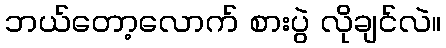
ဘယ်တော့လောက် စားပွဲ လိုချင်လဲ။